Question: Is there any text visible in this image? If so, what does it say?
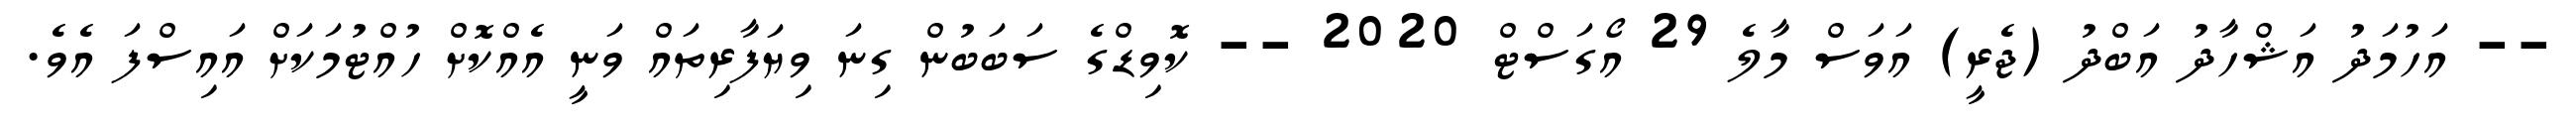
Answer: -- އަހުމަދު އަޝްހާދު އަބްދު (ޖެރީ) އަވަސް މާލެ 29 އޯގަސްޓް 2020 -- ކޮވިޑްގެ ސަބަބުން ގިނަ ވިޔަފާރިތައް ވަނީ އެއްކޮށް ހުއްޓުމަކަށް އައިސްފަ އެވެ.